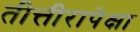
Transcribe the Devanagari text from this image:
तीत्तीरापेक्षा